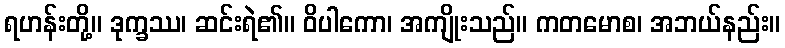
ရဟန်းတို့။ ဒုက္ခဿ၊ ဆင်းရဲ၏။ ဝိပါကော၊ အကျိုးသည်။ ကတမောစ၊ အဘယ်နည်း။